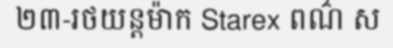
២៣-រថយន្តម៉ាក Starex ពណ៌ ស